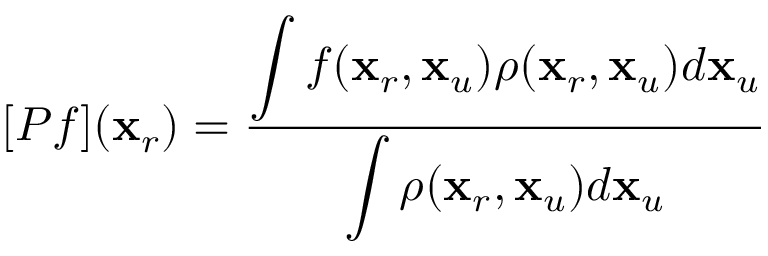
[ P f ] ( { \bf x } _ { r } ) = \frac { \displaystyle \int f ( { \bf x } _ { r } , { \bf x } _ { u } ) \rho ( { \bf x } _ { r } , { \bf x } _ { u } ) d { \bf x } _ { u } } { \displaystyle \int \rho ( { \bf x } _ { r } , { \bf x } _ { u } ) d { \bf x } _ { u } }